Lunatic asylums Central Provinces reports 1910-1926 - 1910-1926
Year: 1910
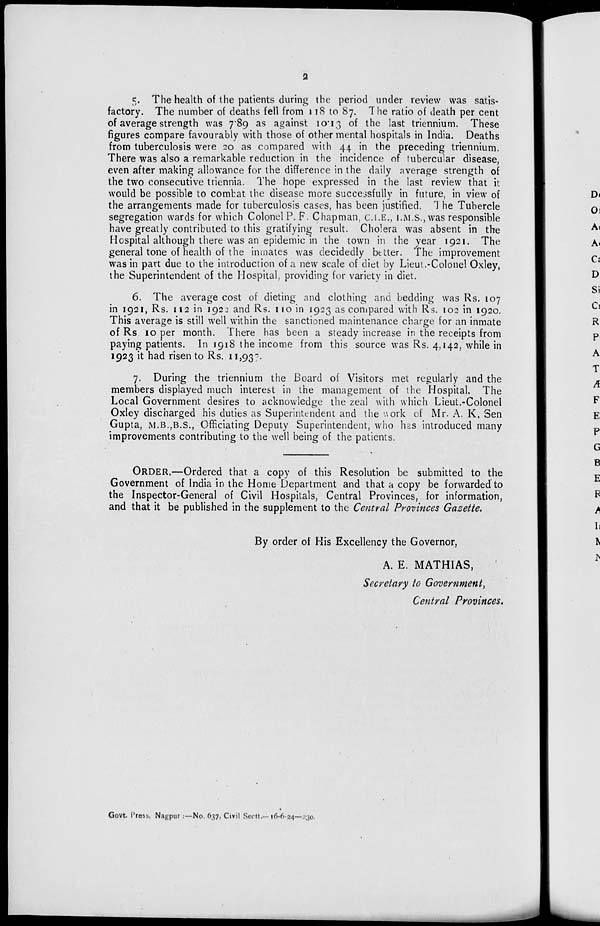
2
5. The health of the patients during the period under review was satis-
factory. The number of deaths fell from 118 to 87. The ratio of death per cent
of average strength was 7.89 as against 10.13 of the last triennium. These
figures compare favourably with those of other mental hospitals in India. Deaths
from tuberculosis were 20 as compared with 44 in the preceding triennium.
There was also a remarkable reduction in the incidence of tubercular disease,
even after making allowance for the difference in the daily average strength of
the two consecutive triennia. The hope expressed in the last review that it
would be possible to combat the disease more successfully in future, in view of
the arrangements made for tuberculosis cases, has been justified. The Tubercle
segregation wards for which Colonel P. F. Chapman, C.I.E., I.M.S., was responsible
have greatly contributed to this gratifying result. Cholera was absent in the
Hospital although there was an epidemic in the town in the year 1921. The
general tone of health of the inmates was decidedly better. The improvement
was in part due to the introduction of a new scale of diet by Lieut.-Colonel Oxley,
the Superintendent of the Hospital, providing for variety in diet.
6. The average cost of dieting and clothing and bedding was Rs. 107
in 1921, Rs. 112 in 1922 and Rs. 110 in 1923 as compared with Rs. 102 in 1920.
This average is still well within the sanctioned maintenance charge for an inmate
of Rs 10 per month. There has been a steady increase in the receipts from
paying patients. In 1918 the income from this source was Rs. 4,142, while in
1923 it had risen to Rs. 11,937.
7. During the triennium the Board of Visitors met regularly and the
members displayed much interest in the management of the Hospital. The
Local Government desires to acknowledge the zeal with which Lieut.-Colonel
Oxley discharged his duties as Superintendent and the work of Mr. A. K, Sen
Gupta, M.B.,B.S., Officiating Deputy Superintendent, who has introduced many
improvements contributing to the well being of the patients.
ORDER.—Ordered that a copy of this Resolution be submitted to the
Government of India in the Home Department and that a copy be forwarded to
the Inspector-General of Civil Hospitals, Central Provinces, for information,
and that it be published in the supplement to the Central Provinces Gazette.
By order of His Excellency the Governor,
A. E. MATHIAS,
Secretary to Government,
Central Provinces.
Govt. Press, Nagpur:—No. 637, Civil Sectt.— 16-6-24—230.